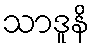
သာဒူနိ